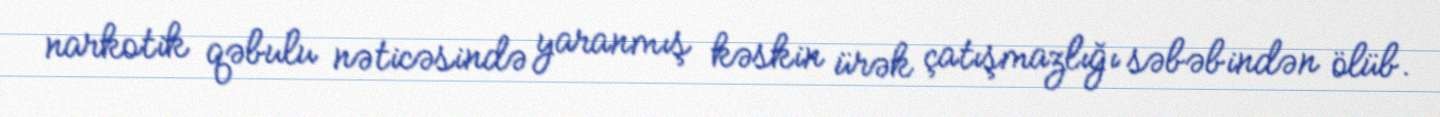
narkotik qəbulu nəticəsində yaranmış kəskin ürək çatışmazlığı səbəbindən ölüb.